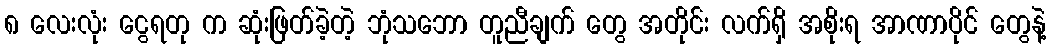
၈ လေးလုံး ငွေရတု က ဆုံးဖြတ်ခဲ့တဲ့ ဘုံသဘော တူညီချက် တွေ အတိုင်း လက်ရှိ အစိုးရ အာဏာပိုင် တွေနဲ့